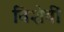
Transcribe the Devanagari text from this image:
विशेषीं